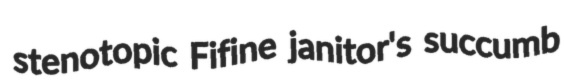
stenotopic Fifine janitor's succumb